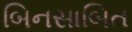
બિનસાબિત